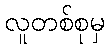
လူတစ်စုမှ